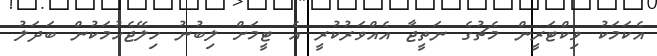
އެކަމަކު ވިކްޓަރީން މެޗުގެ ނަތީޖާ އެއްވަރުކުރީ އެ ޓީމަށް ލިބުނު ހިލޭޖެހުމަކުން ބަދަލު